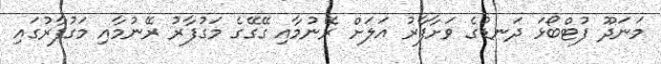
މަނަދޫ ފުޓްބޯޅަ ދަނޑުގެ ވަށާފާރު އަލަށް ރޭނުމާއި ގޭގޭގެ މަގުފާރު ރޭނުމާއި މަގުފާރުގައި